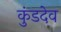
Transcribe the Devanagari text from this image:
कुंडदेव